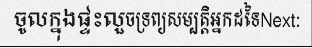
ចូលក្នុងផ្ទះលួចទ្រព្យសម្បត្តិអ្នកដទៃNext: